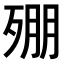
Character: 𣨥